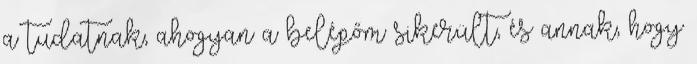
a tudatnak, ahogyan a belépőm sikerült, és annak, hogy